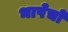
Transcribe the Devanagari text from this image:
भाषेचो